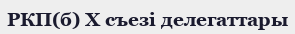
РКП(б) X съезі делегаттары